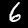
Digit: 6